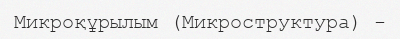
Микроқұрылым (Микроструктура) -